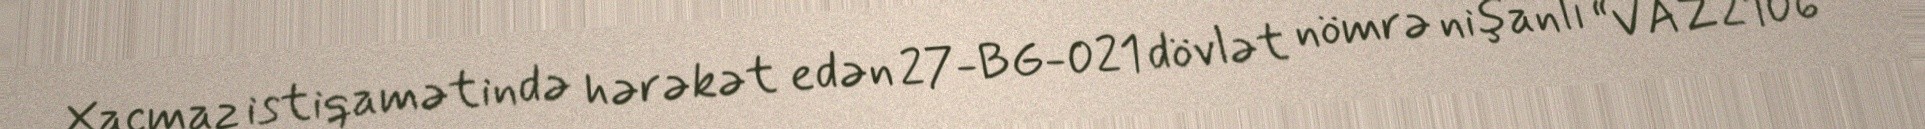
Xaçmaz istiqamətində hərəkət edən 27-BG-021 dövlət nömrə nişanlı “VAZ 2106”